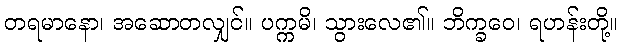
တရမာနော၊ အဆောတလျှင်။ ပက္ကမိ၊ သွားလေ၏။ ဘိက္ခဝေ၊ ရဟန်းတို့။